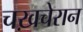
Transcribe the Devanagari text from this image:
चख़चेरान